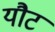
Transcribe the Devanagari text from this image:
यौट